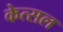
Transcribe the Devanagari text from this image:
केत्सल